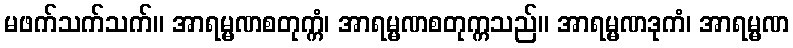
မဖက်သက်သက်။ အာရမ္မဏစတုက္ကံ၊ အာရမ္မဏစတုက္ကသည်။ အာရမ္မဏဒုကံ၊ အာရမ္မဏ